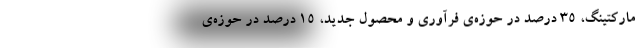
مارکتینگ، 35 درصد در حوزه‌ی فرآوری و محصول جدید، 15 درصد در حوزه‌ی